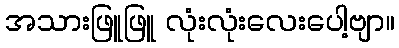
အသားဖြူဖြူ လုံးလုံးလေးပေါ့ဗျာ။